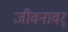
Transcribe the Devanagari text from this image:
जीवनावर्